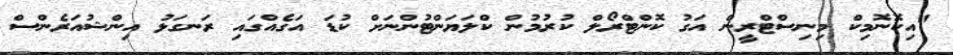
"އިކޮނޮމިކް މިނިސްޓްރީން އަގު ކޮންޓްރޯލް ކުރުމުން ކްލަޔަންޓުންނަށް ކުޑަ އަގެއްގައި ރަނގަޅު އިންޝުއަރެންސް